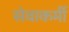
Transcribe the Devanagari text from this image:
सेवाकर्मी